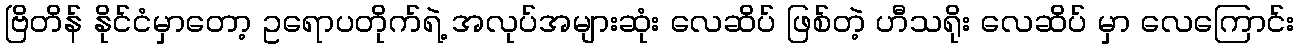
ဗြိတိန် နိုင်ငံမှာတော့ ဥရောပတိုက်ရဲ့ အလုပ်အများဆုံး လေဆိပ် ဖြစ်တဲ့ ဟီသရိုး လေဆိပ် မှာ လေကြောင်း